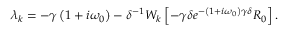
\lambda _ { k } = - \gamma \left( 1 + i \omega _ { 0 } \right) - \delta ^ { - 1 } W _ { k } \left[ - \gamma \delta e ^ { - \left( 1 + i \omega _ { 0 } \right) \gamma \delta } R _ { 0 } \right] .